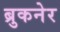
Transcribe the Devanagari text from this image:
ब्रुकनेर